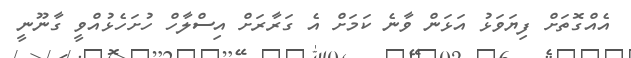
އެއްގޮތަށް ފިޔަވަޅު އަޅަން ވާނެ ކަމަށް އެ ގަރާރަށް އިސްލާހް ހުށަހެޅުއްވީ ގާނޫނީ